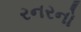
રનરનો